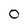
Character: 0